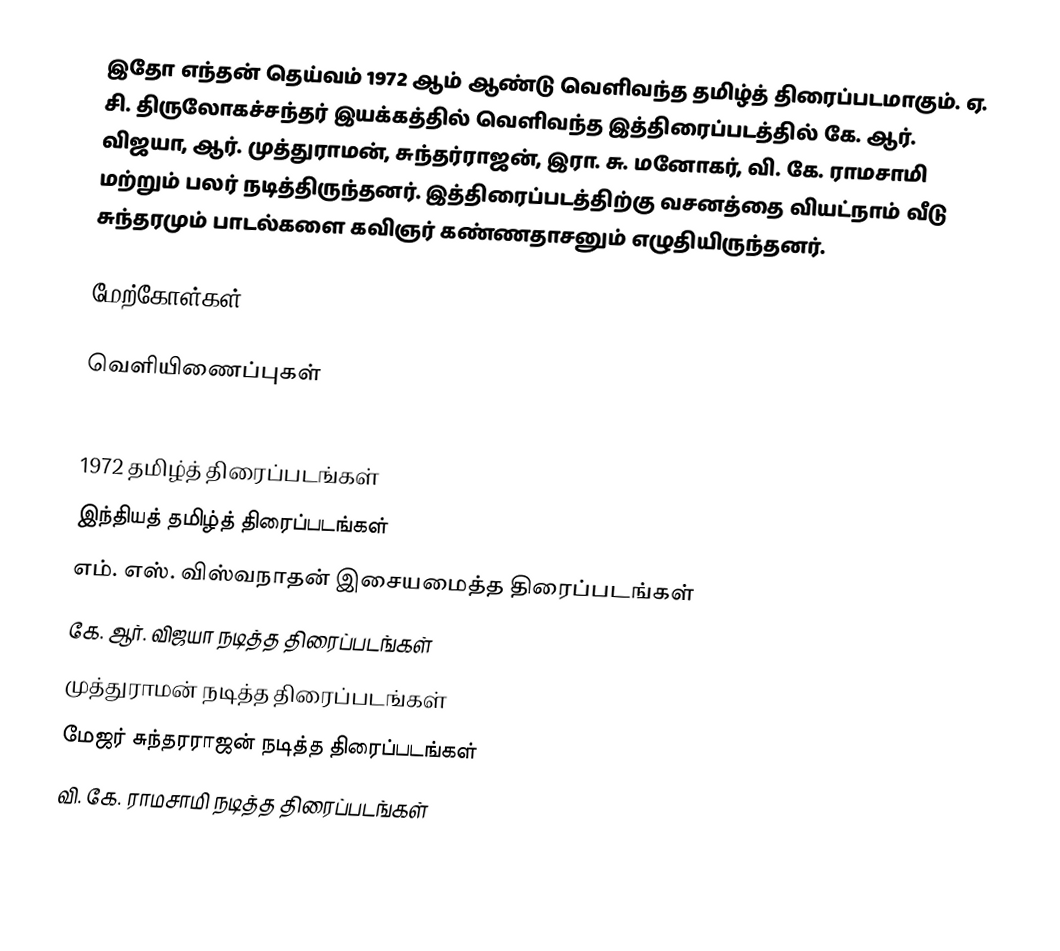
இதோ எந்தன் தெய்வம் 1972 ஆம் ஆண்டு வெளிவந்த தமிழ்த் திரைப்படமாகும். ஏ. சி. திருலோகச்சந்தர் இயக்கத்தில் வெளிவந்த இத்திரைப்படத்தில் கே. ஆர். விஜயா, ஆர். முத்துராமன், சுந்தர்ராஜன், இரா. சு. மனோகர், வி. கே. ராமசாமி மற்றும் பலர் நடித்திருந்தனர். இத்திரைப்படத்திற்கு வசனத்தை வியட்நாம் வீடு சுந்தரமும் பாடல்களை கவிஞர் கண்ணதாசனும் எழுதியிருந்தனர்.

மேற்கோள்கள்

வெளியிணைப்புகள்

1972 தமிழ்த் திரைப்படங்கள்
இந்தியத் தமிழ்த் திரைப்படங்கள்
எம். எஸ். விஸ்வநாதன் இசையமைத்த திரைப்படங்கள்
கே. ஆர். விஜயா நடித்த திரைப்படங்கள்
முத்துராமன் நடித்த திரைப்படங்கள்
மேஜர் சுந்தரராஜன் நடித்த திரைப்படங்கள்
வி. கே. ராமசாமி நடித்த திரைப்படங்கள்